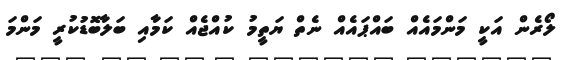
ލޯރެން އަކީ މަންމައެއް ބައްޕައެއް ނެތް ޔަތީމު ކުއްޖެއް ކަމާއި ބަލާބޮޑުކުރީ މަންމަ